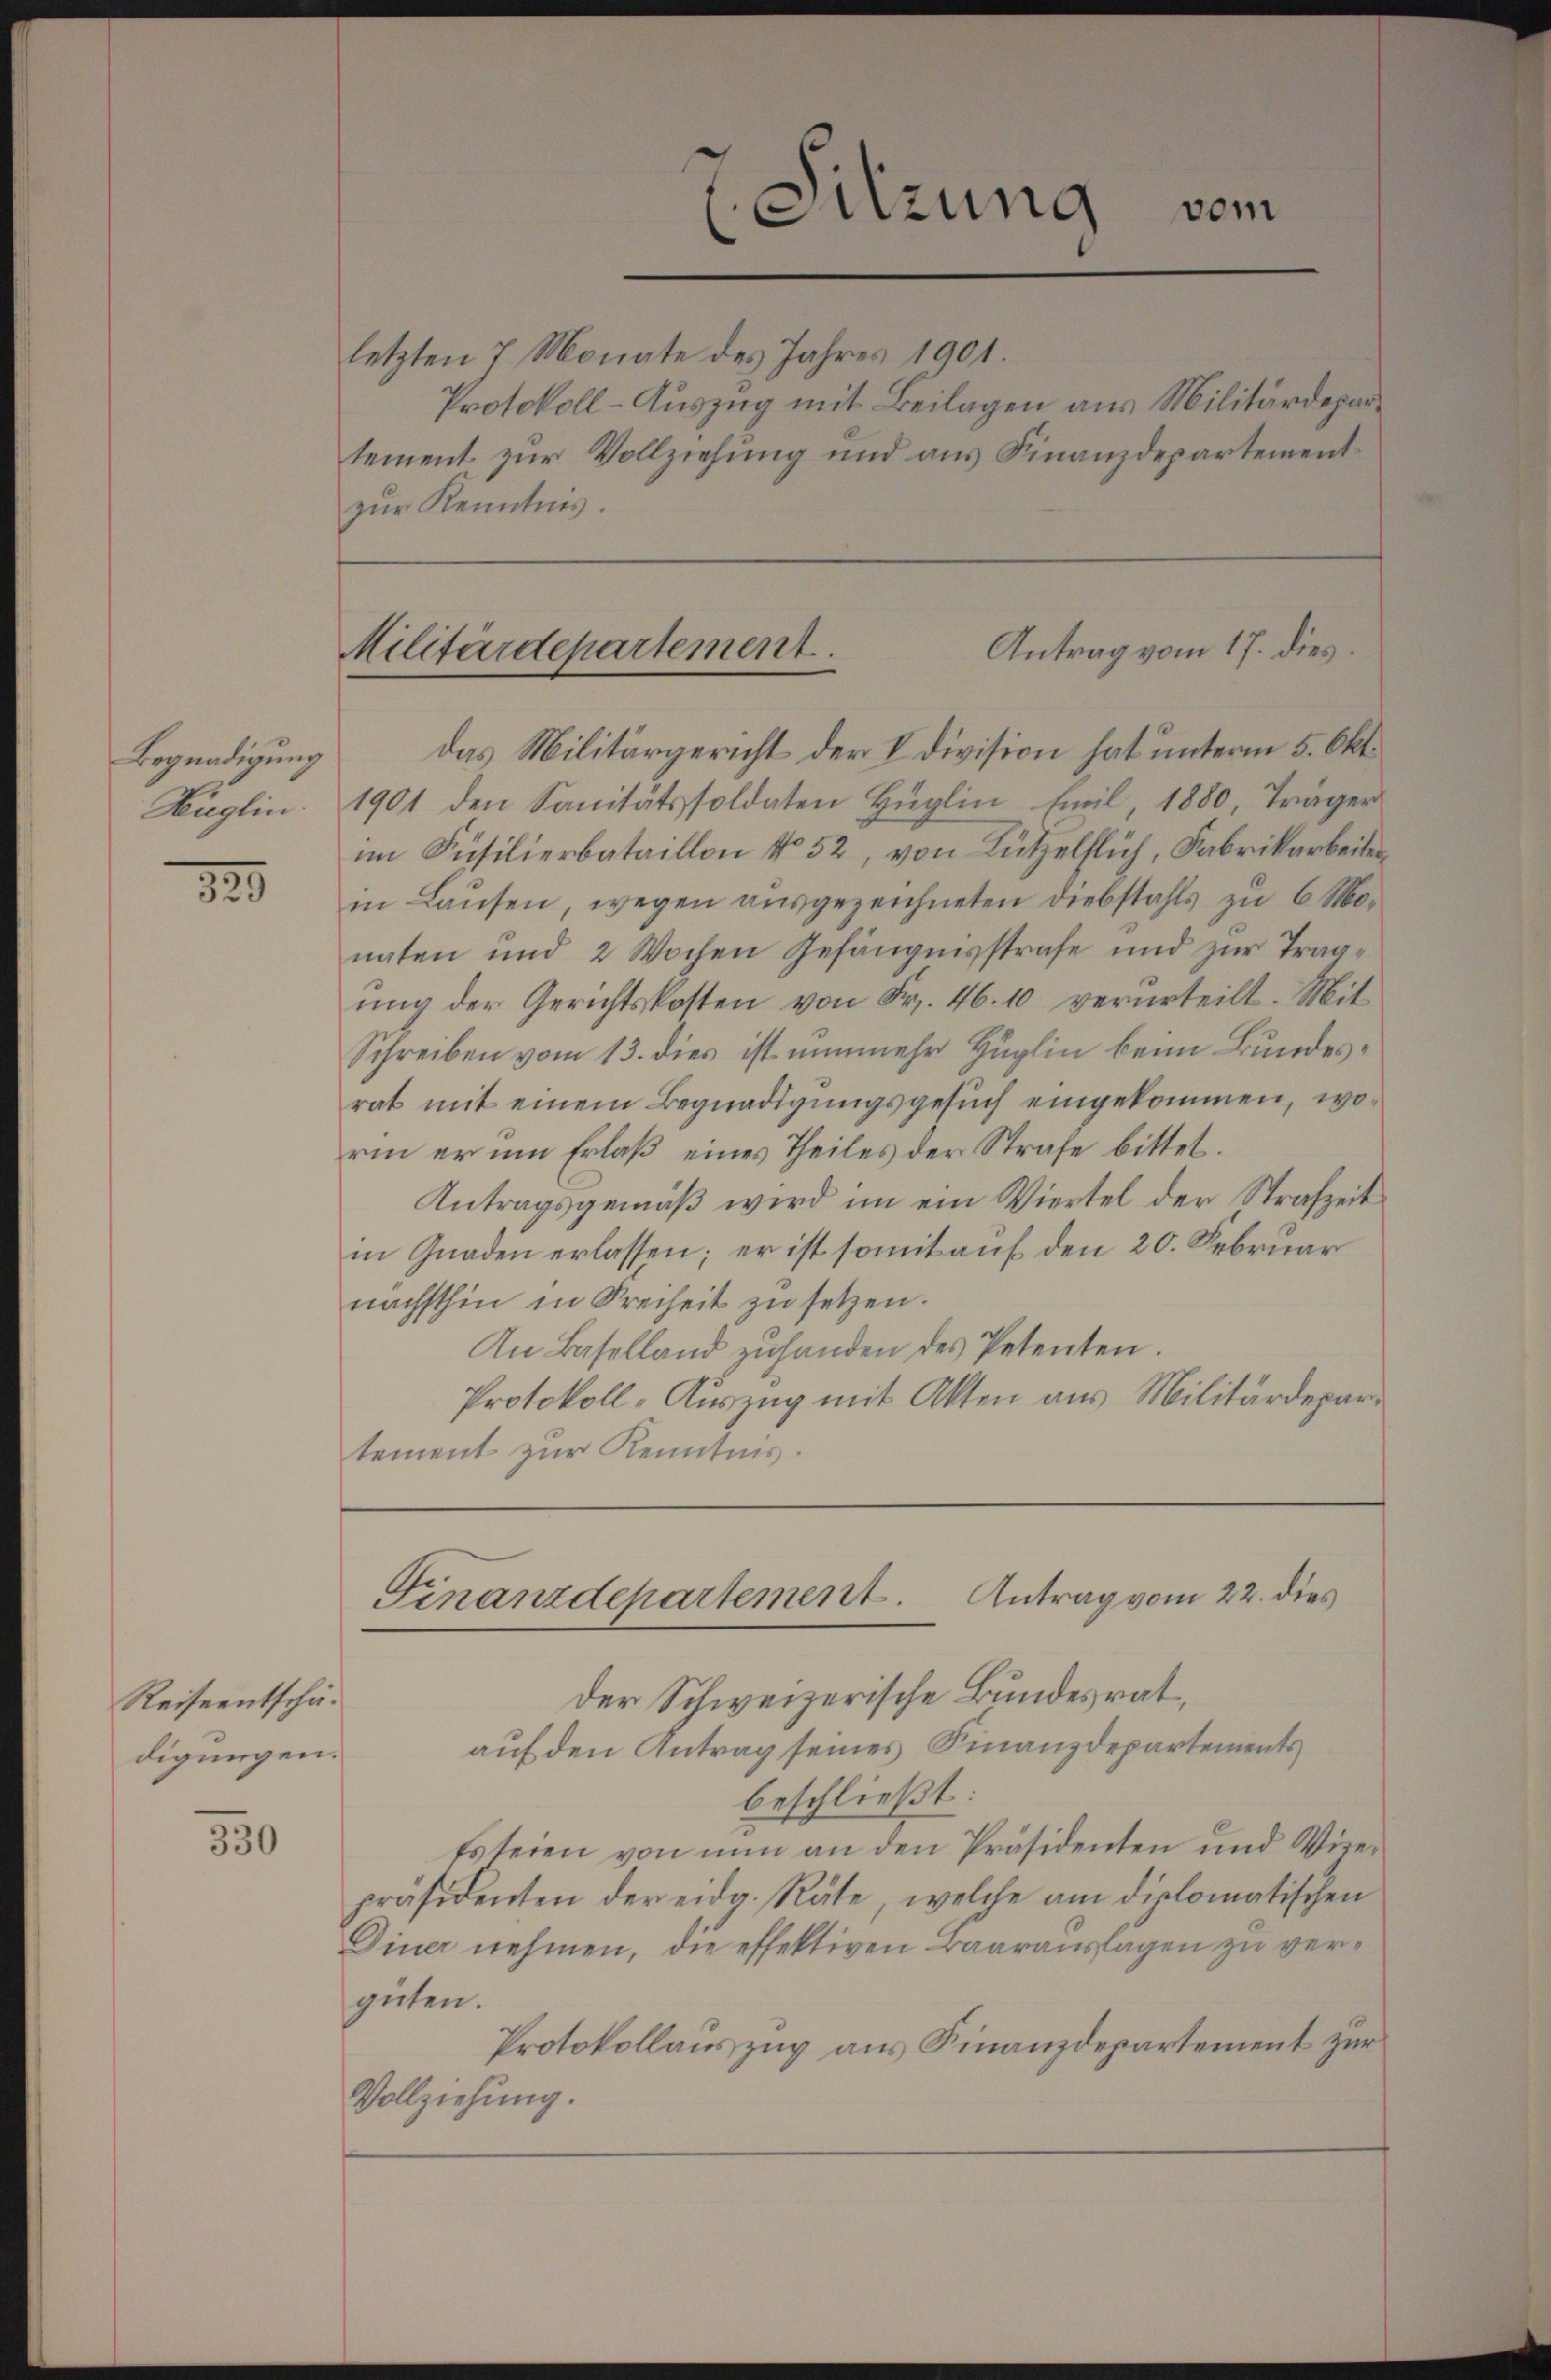
Begnadigung
Hüglin.

320

Reiseentschädigungen.

330

letzten 7 Monate des Jahres 1901.
Protokoll-Auszug mit Beilagen aus Militärdepartement zur Vollziehung und aus Finanzdepartement
zŭr Kenntnis.

das Militärgericht der V division hat unterm 5. Okt.
1901 den Sanitätssoldaten Hüglin heil, 1880, Träger
im Füsilierbataillon No 52, von Lützelflich, Fabrikarbeiten
in Lausen, wegen ausgezeichneten Diebstahls zu 6 Monaten und 2 Wochen Gefängnisstrafe und zur Tragŭng der Gerichtskosten von Fr. 46. 10 verurteilt. Mit
Schreiben vom 13. dies ist nunmehr Hüglin beim Bundesrat mit einem Begnadigungsgesŭch eingekommen, worin er um Erlaß eines Theiles der Strafe bittet.
Antragsgemäß wird im ein Viertel der Strafzeit
in Gnaden erlassen; er ist somit auf den 20. Februar
nächsthin in Freiheit zu setzen.
An Baselland zŭ handen des Petenten.
Protokoll-Auszug mit Akten aus Militärdepar
tement zur Kenntnis.

vom
(Sitzung

Antrag vom 17. dies
Militärdepartement.

der Schweizerische Bundesrat,
auf den Antrag seines Finanzdepartements
beschließt:
Es seien von nun an den Präsidenten und Wiepräsidenten der eidg. Räte, welche am diplomatischen
Diner nehmen, die effektiven Baarauslagen zu vergüten.
Protokollauszug aus Finanzdepartement zur
Vollziehung.

Finanzdepartement. Antrag vom 22. dies